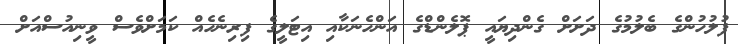
ފުލުުހުންގެ ބެލުމުގެ ދަށަށް ގެންދިޔައީ ޕޮލެންޑްގެ އަންހެނަކާއި އިޓަލީގެ ފިރިނެހެއް ކަމަށްވެސް ވީނިއުސްއަށް